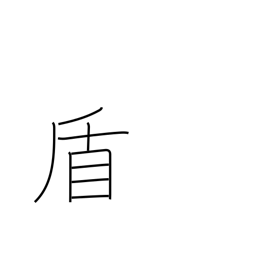
Meaning: pretext